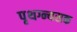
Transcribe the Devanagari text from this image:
पृथग्न्यसक